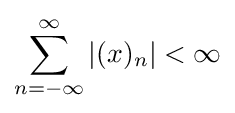
\sum _{n=-\infty }^{\infty }|(x)_{n}|<\infty